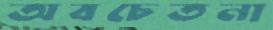
অবচেতনা